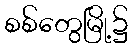
စစ်တွေမြို့၌